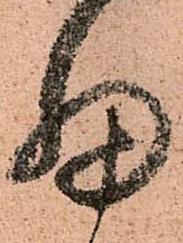
細